EAOK_Sinod, lk 11
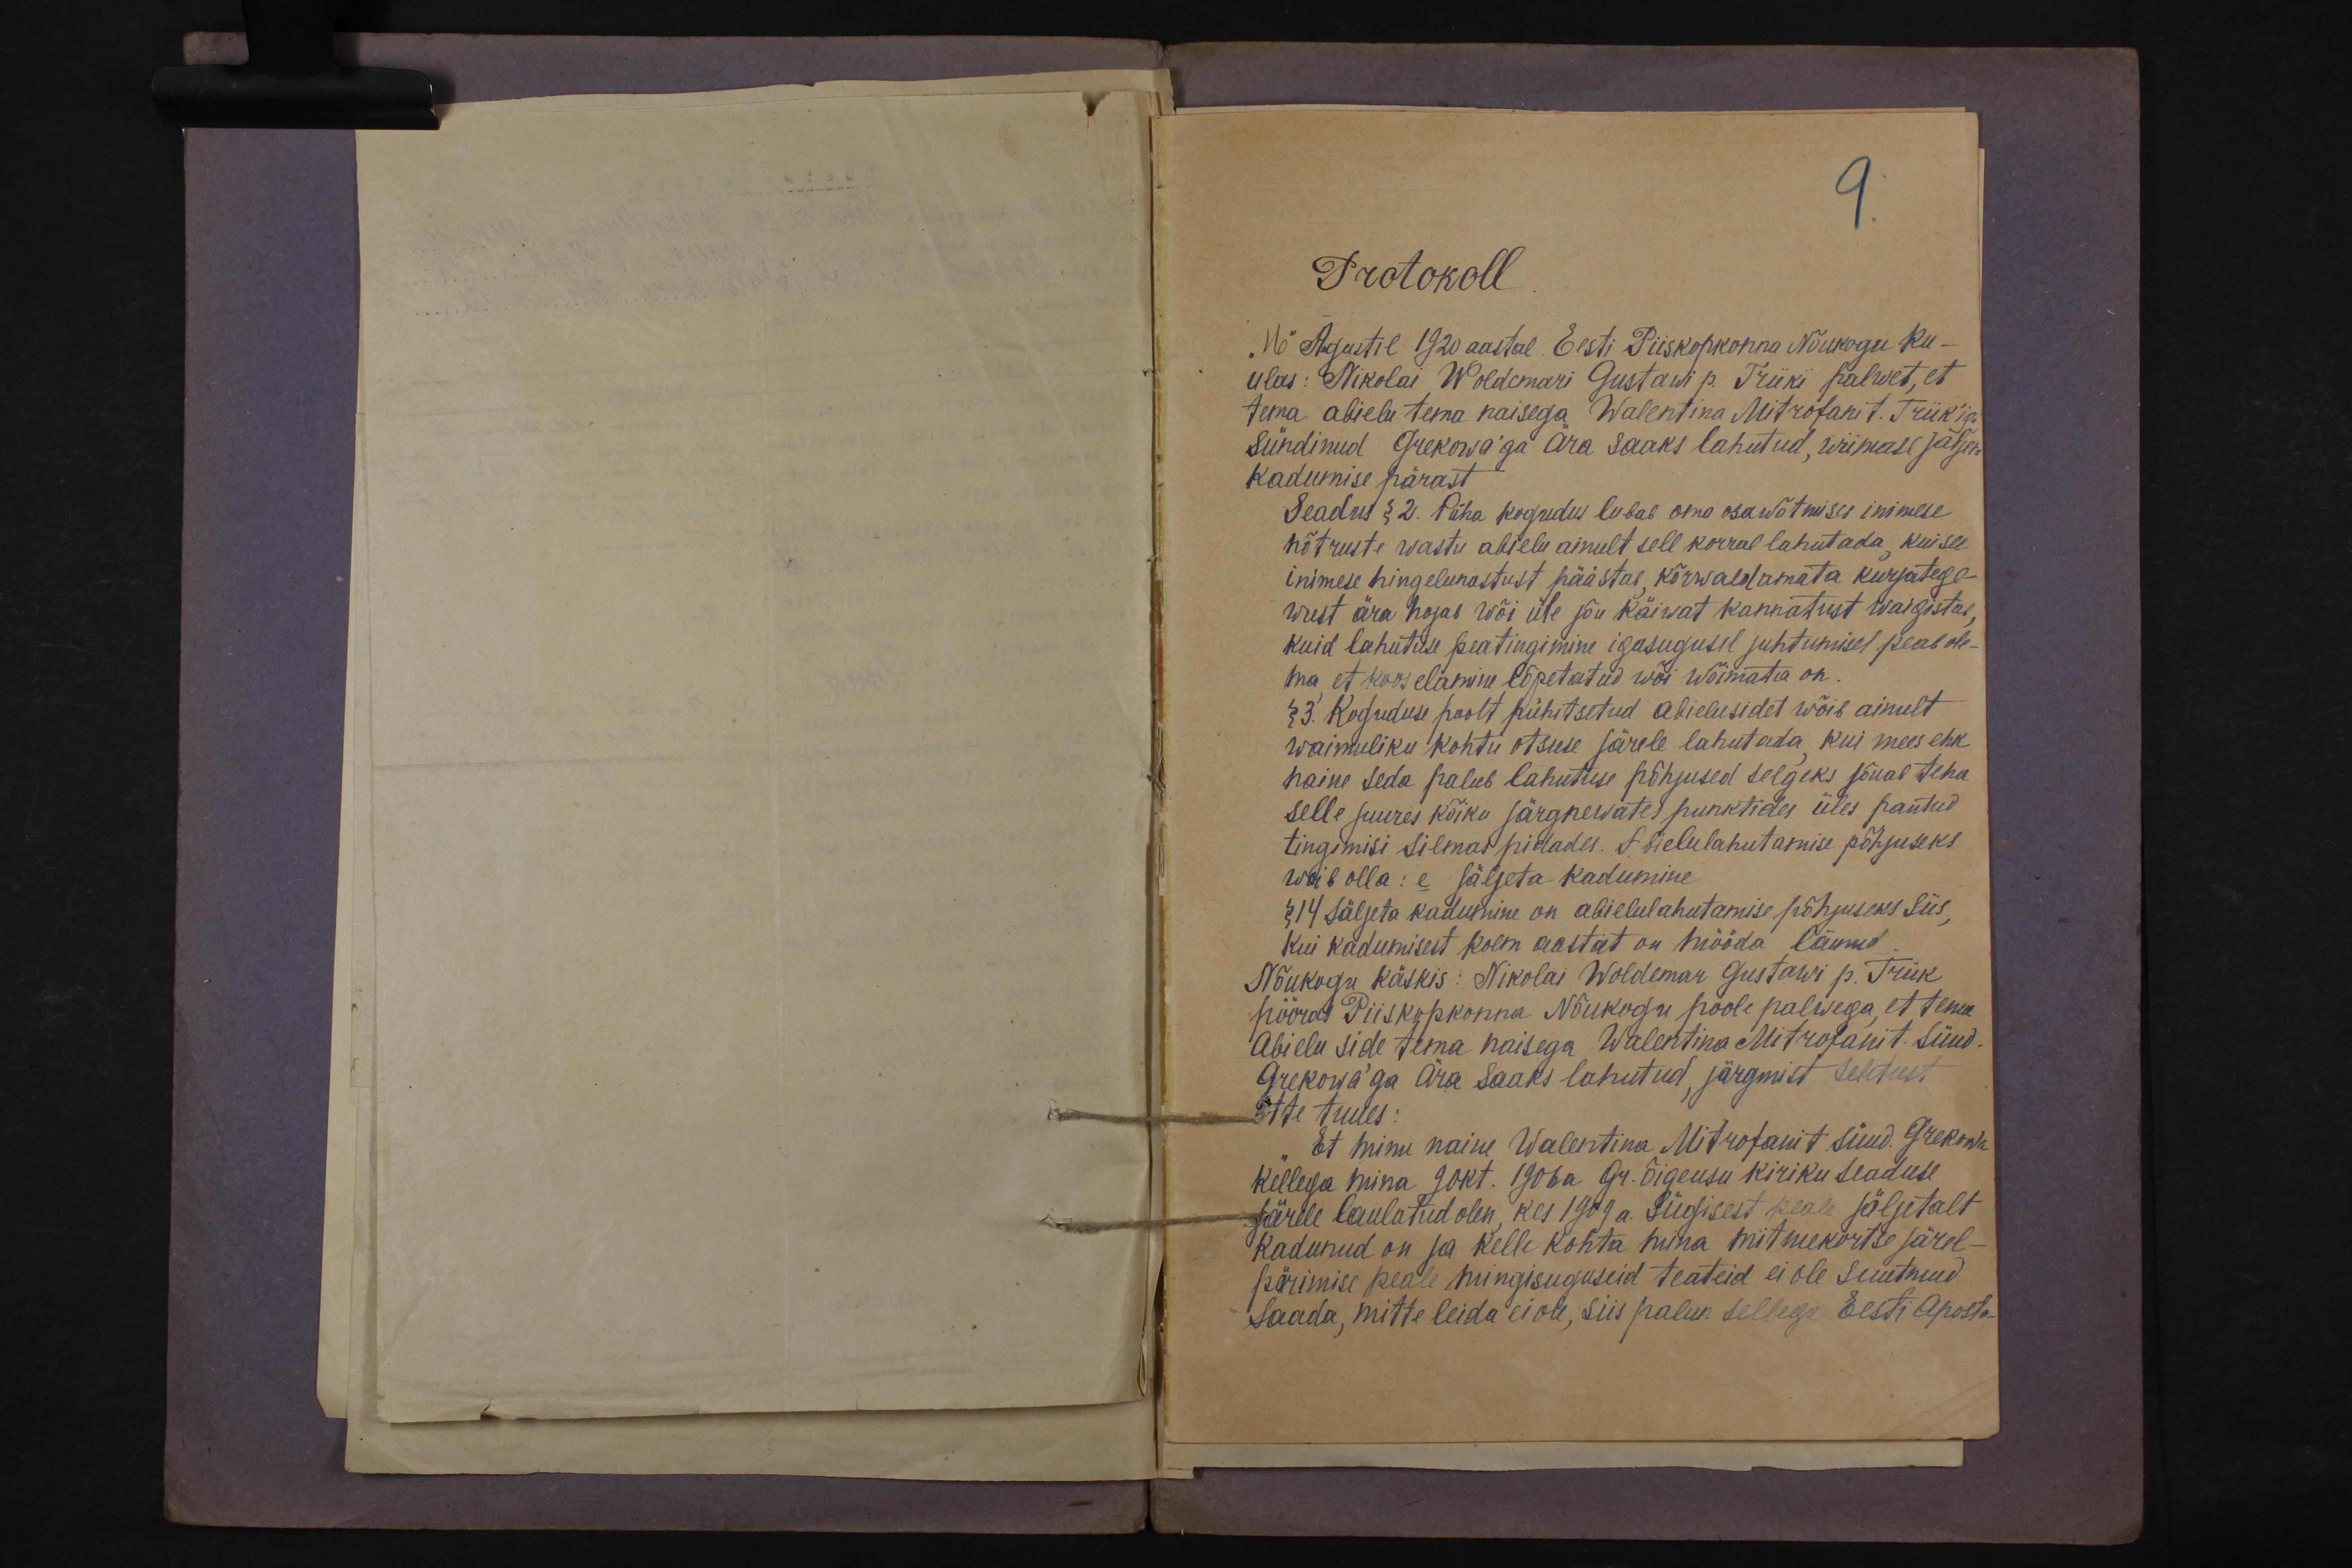
9.
Protokoll
"16" Augustil 1920 aastal. Eesti Piiskopkonna Nõukogu ku-
ulas: Nikolai Woldemari Gustawi p. Triiki palwet, et
tema abielu tema naisega Walentina Mitrofani t. Triikiga
sündinud Grekowa'ga ära saaks lahutud, wiimase jäljeta
kadumise pärast
Seadus § 2. Püha kogudus lubab oma osawõtmises inimese
nõtruste wastu abielu ainult sell korral lahutada, kui see
inimese hingelunastust päästab, kõrwaldamata kurjatege-
wust ära hojab wõi üle jõu käiwat kannatust waigistab
kuid lahutuse peatingimine igasugusel juhtumisel peab ole-
ma et koos elamine lõpetatud wõi wõimata on.
§ 3. Koguduse poolt pühitsetud abielusidet wõib ainult
waimuliku kohtu otsuse järele lahutada kui mees ehk
naine seda palub lahutuse põhjused selgeks jõuab teha
selle juures kõiki järgnewates punktides üles pantud
tingimisi silmas pidades. Abielulahutamise põhjuseks
wõib olla: e jäljeta kadumine
§ 14 Jäljeta kadumine on abielulahutamise põhjuseks siis,
kui kadumisest kolm aastat on mööda läinud.
Nõukogu käskis: Nikolai Woldemar Gustawi p. Triik
pöörat Piiskopkonna Nõukogu poole palwega, et tema
abielu side tema naisega Walentina Mitrofani t. sünd.
Grekowa'ga ära saaks lahutud järgmist seletust
ette tuues:
Et minu naine Walentina Mitrofani t. sünd. Grekowa
kellega mina 9 okt. 1906 a. Gr. õigeusu kiriku seaduse
järele laulatud olen, kes 1909 a. Sügisest peale jäljetalt
kadunud on ja kelle kohta mina mitmekortse järel-
pärimise peale mingisuguseid teateid ei ole suutnud
saada, mitte leida ei ole, siis palun sellega Eesti Aposto-